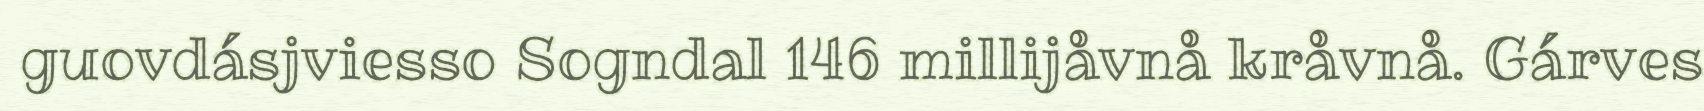
guovdásjviesso Sogndal 146 millijåvnå kråvnå. Gárves